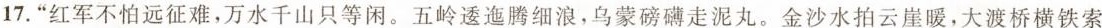
17.“红军不怕远征难，万水千山只等闲。五岭逶迤腾细浪，乌蒙磅礴走泥丸。金沙水拍云崖暖，大渡桥横铁索